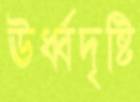
ঊর্ধ্বদৃষ্টি